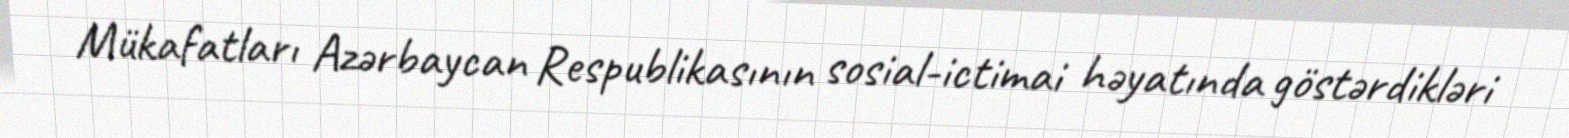
Mükafatları Azərbaycan Respublikasının sosial-ictimai həyatında göstərdikləri